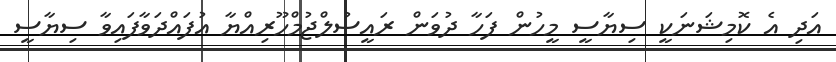
އަދި އެ ކޮމިޝަނަކީ ސިޔާސީ މީހުން ފަހާ ދުވަން ރައީސުލްޖުމްހޫރިއްޔާ އުފައްދަވާފައިވާ ސިޔާސީ